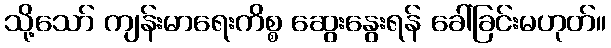
သို့သော် ကျန်းမာရေးကိစ္စ ဆွေးနွေးရန် ခေါ်ခြင်းမဟုတ်။